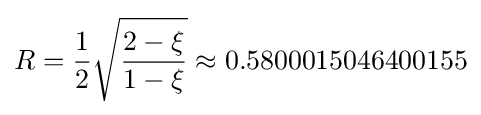
R={\frac {1}{2}}{\sqrt {\frac {2-\xi }{1-\xi }}}\approx 0.5800015046400155